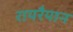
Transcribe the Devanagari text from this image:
रायरैयान